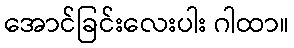
အောင်ခြင်းလေးပါး ဂါထာ။